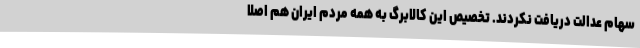
سهام عدالت دریافت نکردند. تخصیص این کالابرگ به همه مردم ایران هم اصلا